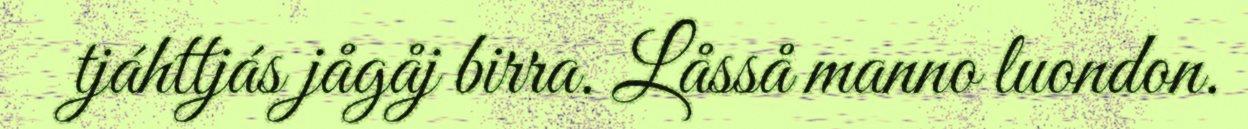
tjáhttjás jågåj birra. Låsså manno luondon.